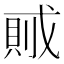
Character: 𰒭